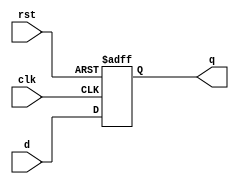
module reset_ff #(parameter WIDTH = 8) (
    input       clk, rst,
    input       [WIDTH-1:0] d,
    output reg  [WIDTH-1:0] q
);

always @(posedge clk or posedge rst) begin
    if (rst) q <= 0;
    else q <= d;
end

endmodule